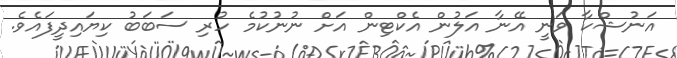
އަނުޝްކާ ވަނީ އޭނާ އަލުން އެކްޓިން އަށް ނުނުކުމެ ހުރި ސަބަބު ކިޔައިދީފައެވެ.